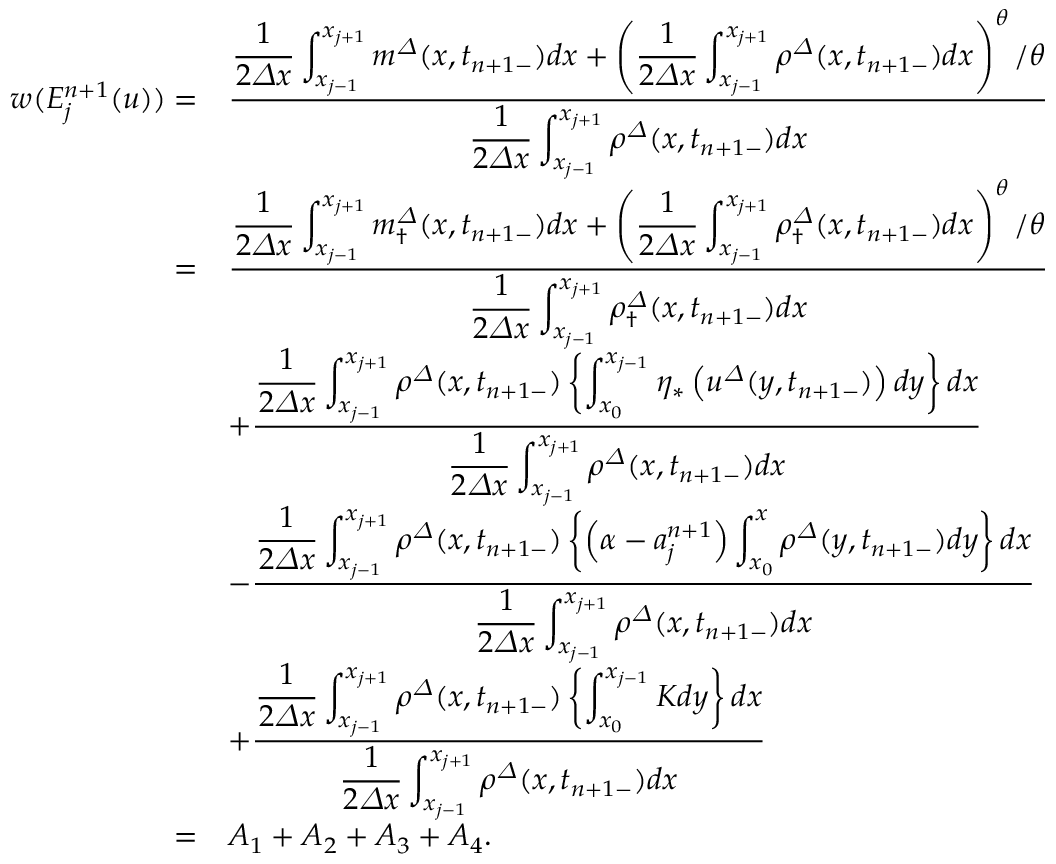
\begin{array} { r l } { w ( E _ { j } ^ { n + 1 } ( u ) ) = } & { \frac { \displaystyle \frac 1 { 2 { \varDelta } x } \int _ { x _ { j - 1 } } ^ { x _ { j + 1 } } m ^ { \varDelta } ( x , t _ { n + 1 - } ) d x + \left( \frac 1 { 2 { \varDelta } x } \int _ { x _ { j - 1 } } ^ { x _ { j + 1 } } { \rho } ^ { \varDelta } ( x , t _ { n + 1 - } ) d x \right) ^ { \theta } / \theta } { \displaystyle \frac 1 { 2 { \varDelta } x } \int _ { x _ { j - 1 } } ^ { x _ { j + 1 } } { \rho } ^ { \varDelta } ( x , t _ { n + 1 - } ) d x } } \\ { = } & { \frac { \displaystyle \frac 1 { 2 { \varDelta } x } \int _ { x _ { j - 1 } } ^ { x _ { j + 1 } } { m } _ { \dagger } ^ { \varDelta } ( x , t _ { n + 1 - } ) d x + \left( \frac 1 { 2 { \varDelta } x } \int _ { x _ { j - 1 } } ^ { x _ { j + 1 } } { \rho } _ { \dagger } ^ { \varDelta } ( x , t _ { n + 1 - } ) d x \right) ^ { \theta } / \theta } { \displaystyle \frac 1 { 2 { \varDelta } x } \int _ { x _ { j - 1 } } ^ { x _ { j + 1 } } { \rho } _ { \dagger } ^ { \varDelta } ( x , t _ { n + 1 - } ) d x } } \\ & { + \frac { \displaystyle \frac 1 { 2 { \varDelta } x } \int _ { x _ { j - 1 } } ^ { x _ { j + 1 } } { \rho } ^ { \varDelta } ( x , t _ { n + 1 - } ) \left\{ \int _ { x _ { 0 } } ^ { x _ { j - 1 } } \eta _ { \ast } \left( { u } ^ { \varDelta } ( y , t _ { n + 1 - } ) \right) d y \right\} d x } { \displaystyle \frac 1 { 2 { \varDelta } x } \int _ { x _ { j - 1 } } ^ { x _ { j + 1 } } { \rho } ^ { \varDelta } ( x , t _ { n + 1 - } ) d x } } \\ & { - \frac { \displaystyle \frac 1 { 2 { \varDelta } x } \int _ { x _ { j - 1 } } ^ { x _ { j + 1 } } { \rho } ^ { \varDelta } ( x , t _ { n + 1 - } ) \left\{ \left( \alpha - a _ { j } ^ { n + 1 } \right) \int _ { x _ { 0 } } ^ { x } { \rho } ^ { \varDelta } ( y , t _ { n + 1 - } ) d y \right\} d x } { \displaystyle \frac 1 { 2 { \varDelta } x } \int _ { x _ { j - 1 } } ^ { x _ { j + 1 } } { \rho } ^ { \varDelta } ( x , t _ { n + 1 - } ) d x } } \\ & { + \frac { \displaystyle \frac 1 { 2 { \varDelta } x } \int _ { x _ { j - 1 } } ^ { x _ { j + 1 } } { \rho } ^ { \varDelta } ( x , t _ { n + 1 - } ) \left\{ \int _ { x _ { 0 } } ^ { x _ { j - 1 } } K d y \right\} d x } { \displaystyle \frac 1 { 2 { \varDelta } x } \int _ { x _ { j - 1 } } ^ { x _ { j + 1 } } { \rho } ^ { \varDelta } ( x , t _ { n + 1 - } ) d x } } \\ { = } & { A _ { 1 } + A _ { 2 } + A _ { 3 } + A _ { 4 } . } \end{array}